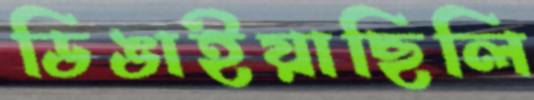
ডিঙাইয়াছিলি